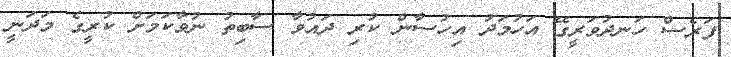
ފަރެސް ހަނދުވަރީގޭ އަހުމަދު އިހުސާން ކުރި ދައުވާ ސާބިތު ނުވާކަމަށް ކުރީގެ މަދަނީ